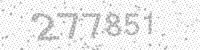
Solution: 277851